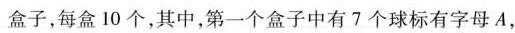
盒子，每盒10个，其中，第一个盒子中有7个球标有字母A，